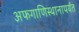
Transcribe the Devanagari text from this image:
अफगाणिस्थानापर्यंत